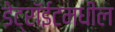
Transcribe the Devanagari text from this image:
डेट्रॉईटमधील